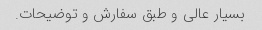
بسیار عالی و طبق سفارش و توضیحات.